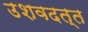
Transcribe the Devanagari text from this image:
उशवदत्त